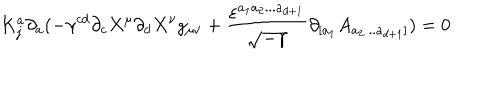
K _ { j } ^ { a } \partial _ { a } ( - \gamma ^ { c d } \partial _ { c } X ^ { \mu } \partial _ { d } X ^ { \nu } g _ { \mu \nu } + \frac { \varepsilon ^ { a _ { 1 } a _ { 2 } . . . a _ { d + 1 } } } { \sqrt { - \gamma } } \partial _ { [ a _ { 1 } } A _ { a _ { 2 } . . . a _ { d + 1 } ] } ) = 0